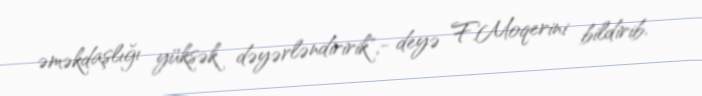
əməkdaşlığı yüksək dəyərləndiririk",- deyə F.Moqerini bildirib.